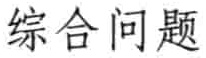
综合问题